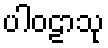
ပါဝဠာသု